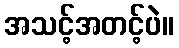
အသင့်အတင့်ပဲ။